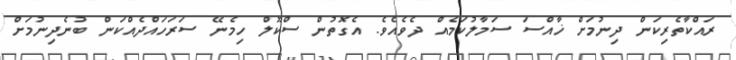
ރައްކާތެރިކަން ދިނުމަށް ޚާއްސަ ސަމާލުކަމެއް ދެވެއެވެ. އެގޮތުން ސްކޫލް ހިމެނޭ ސަރަހައްދެއްކަން ބުނެދިނުމަށް